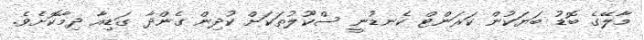
މާލޭގެ ބޮޑު ބަޔަކުން ކަރަންޓް ކެނޑުނީ ސްކޫލުތަކަށް ކުދިން ގެންދާ ގަޑިއާ ދިމާކޮށެވެ.